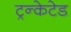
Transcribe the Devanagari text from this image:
ट्रन्केटेड